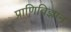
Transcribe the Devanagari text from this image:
प्राणिविज्ञान